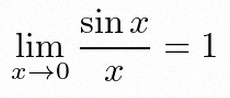
\lim_{x\to0}\frac{\sin x}{x}=1